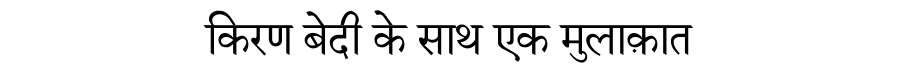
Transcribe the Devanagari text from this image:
किरण बेदी के साथ एक मुलाक़ात